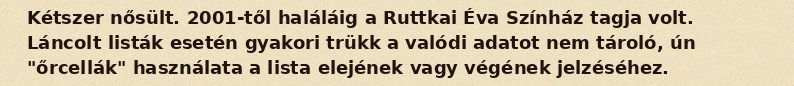
Kétszer nősült. 2001-től haláláig a Ruttkai Éva Színház tagja volt. Láncolt listák esetén gyakori trükk a valódi adatot nem tároló, ún "őrcellák" használata a lista elejének vagy végének jelzéséhez.